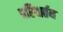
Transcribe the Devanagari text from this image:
परिवार्तन